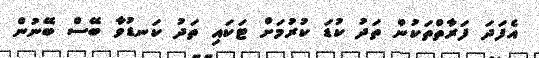
އެފަދަ ފަރާތްތަކުން ތަދު ކުޑަ ކުރުމަށް ޓަކައި ތަދު ކަނޑުވާ ބޭސް ބޭނުން